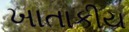
ખાતાકીય